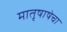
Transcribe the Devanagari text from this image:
मातृषाषेचा